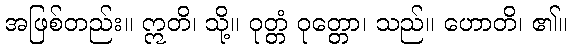
အဖြစ်တည်း။ ဣတိ၊ သို့။ ဝုတ္တံ ဝုတ္တော၊ သည်။ ဟောတိ၊ ၏။